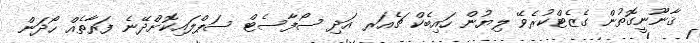
ޤާނޫނީގޮތުން ގެޒެޓްކުރެވޭ ލިޔުން ހައިބެކް ޗެއަރ އަދި ސޯފާސެޓް ސަޕްލައިކޮށްދޭނެ ފަރާތެއް ހޯދަން